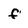
Character: f